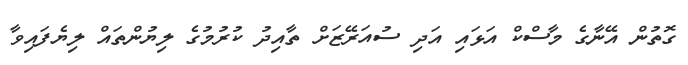
ގޮތުން އޭނާގެ މާސްކް އަޅައި އަދި ސުއަރޭޒަށް ތާއިދު ކުރުމުގެ ލިޔުންތައް ލިޔެފައިވާ